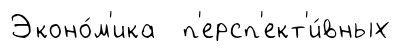
Эконо́м'ика п'ерсп'ект'и́вных